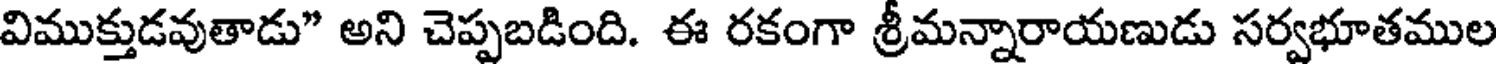
విముక్తుడవుతాడు" అని చెప్పబడింది. ఈ రకంగా శ్రీమన్నారాయణుడు సర్వభూతముల